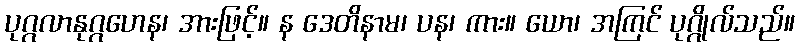
ပုဂ္ဂလာနုဂ္ဂဟေန၊ အားဖြင့်။ န ဒေတိနာမ၊ ပန၊ ကား။ ယော၊ အကြင် ပုဂ္ဂိုလ်သည်။